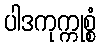
ပါဒကုက္ကုစ္စံ